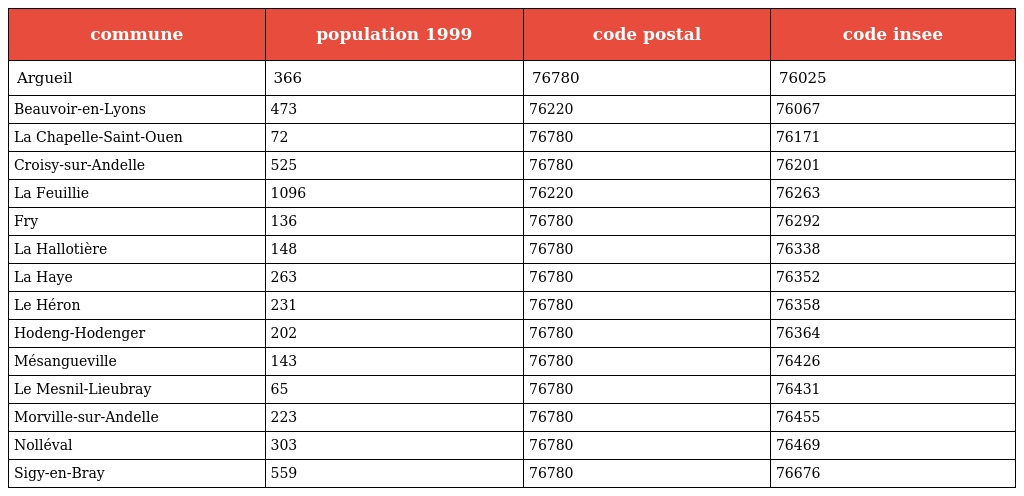
| commune | population 1999 | code postal | code insee |
 | --- | --- | --- | --- |
 | Argueil | 366 | 76780 | 76025 |
 | Beauvoir-en-Lyons | 473 | 76220 | 76067 |
 | La Chapelle-Saint-Ouen | 72 | 76780 | 76171 |
 | Croisy-sur-Andelle | 525 | 76780 | 76201 |
 | La Feuillie | 1096 | 76220 | 76263 |
 | Fry | 136 | 76780 | 76292 |
 | La Hallotière | 148 | 76780 | 76338 |
 | La Haye | 263 | 76780 | 76352 |
 | Le Héron | 231 | 76780 | 76358 |
 | Hodeng-Hodenger | 202 | 76780 | 76364 |
 | Mésangueville | 143 | 76780 | 76426 |
 | Le Mesnil-Lieubray | 65 | 76780 | 76431 |
 | Morville-sur-Andelle | 223 | 76780 | 76455 |
 | Nolléval | 303 | 76780 | 76469 |
 | Sigy-en-Bray | 559 | 76780 | 76676 |